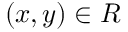
( x , y ) \in R